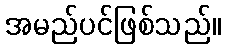
အမည်ပင်ဖြစ်သည်။